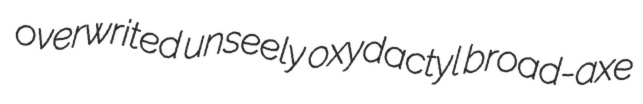
overwrited unseely oxydactyl broad-axe